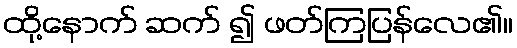
ထို့နောက် ဆက် ၍ ဖတ်ကြပြန်လေ၏။